65_HS1-834228961_62-HQ-83894_Serial_130
Agency: FBI
Page 120
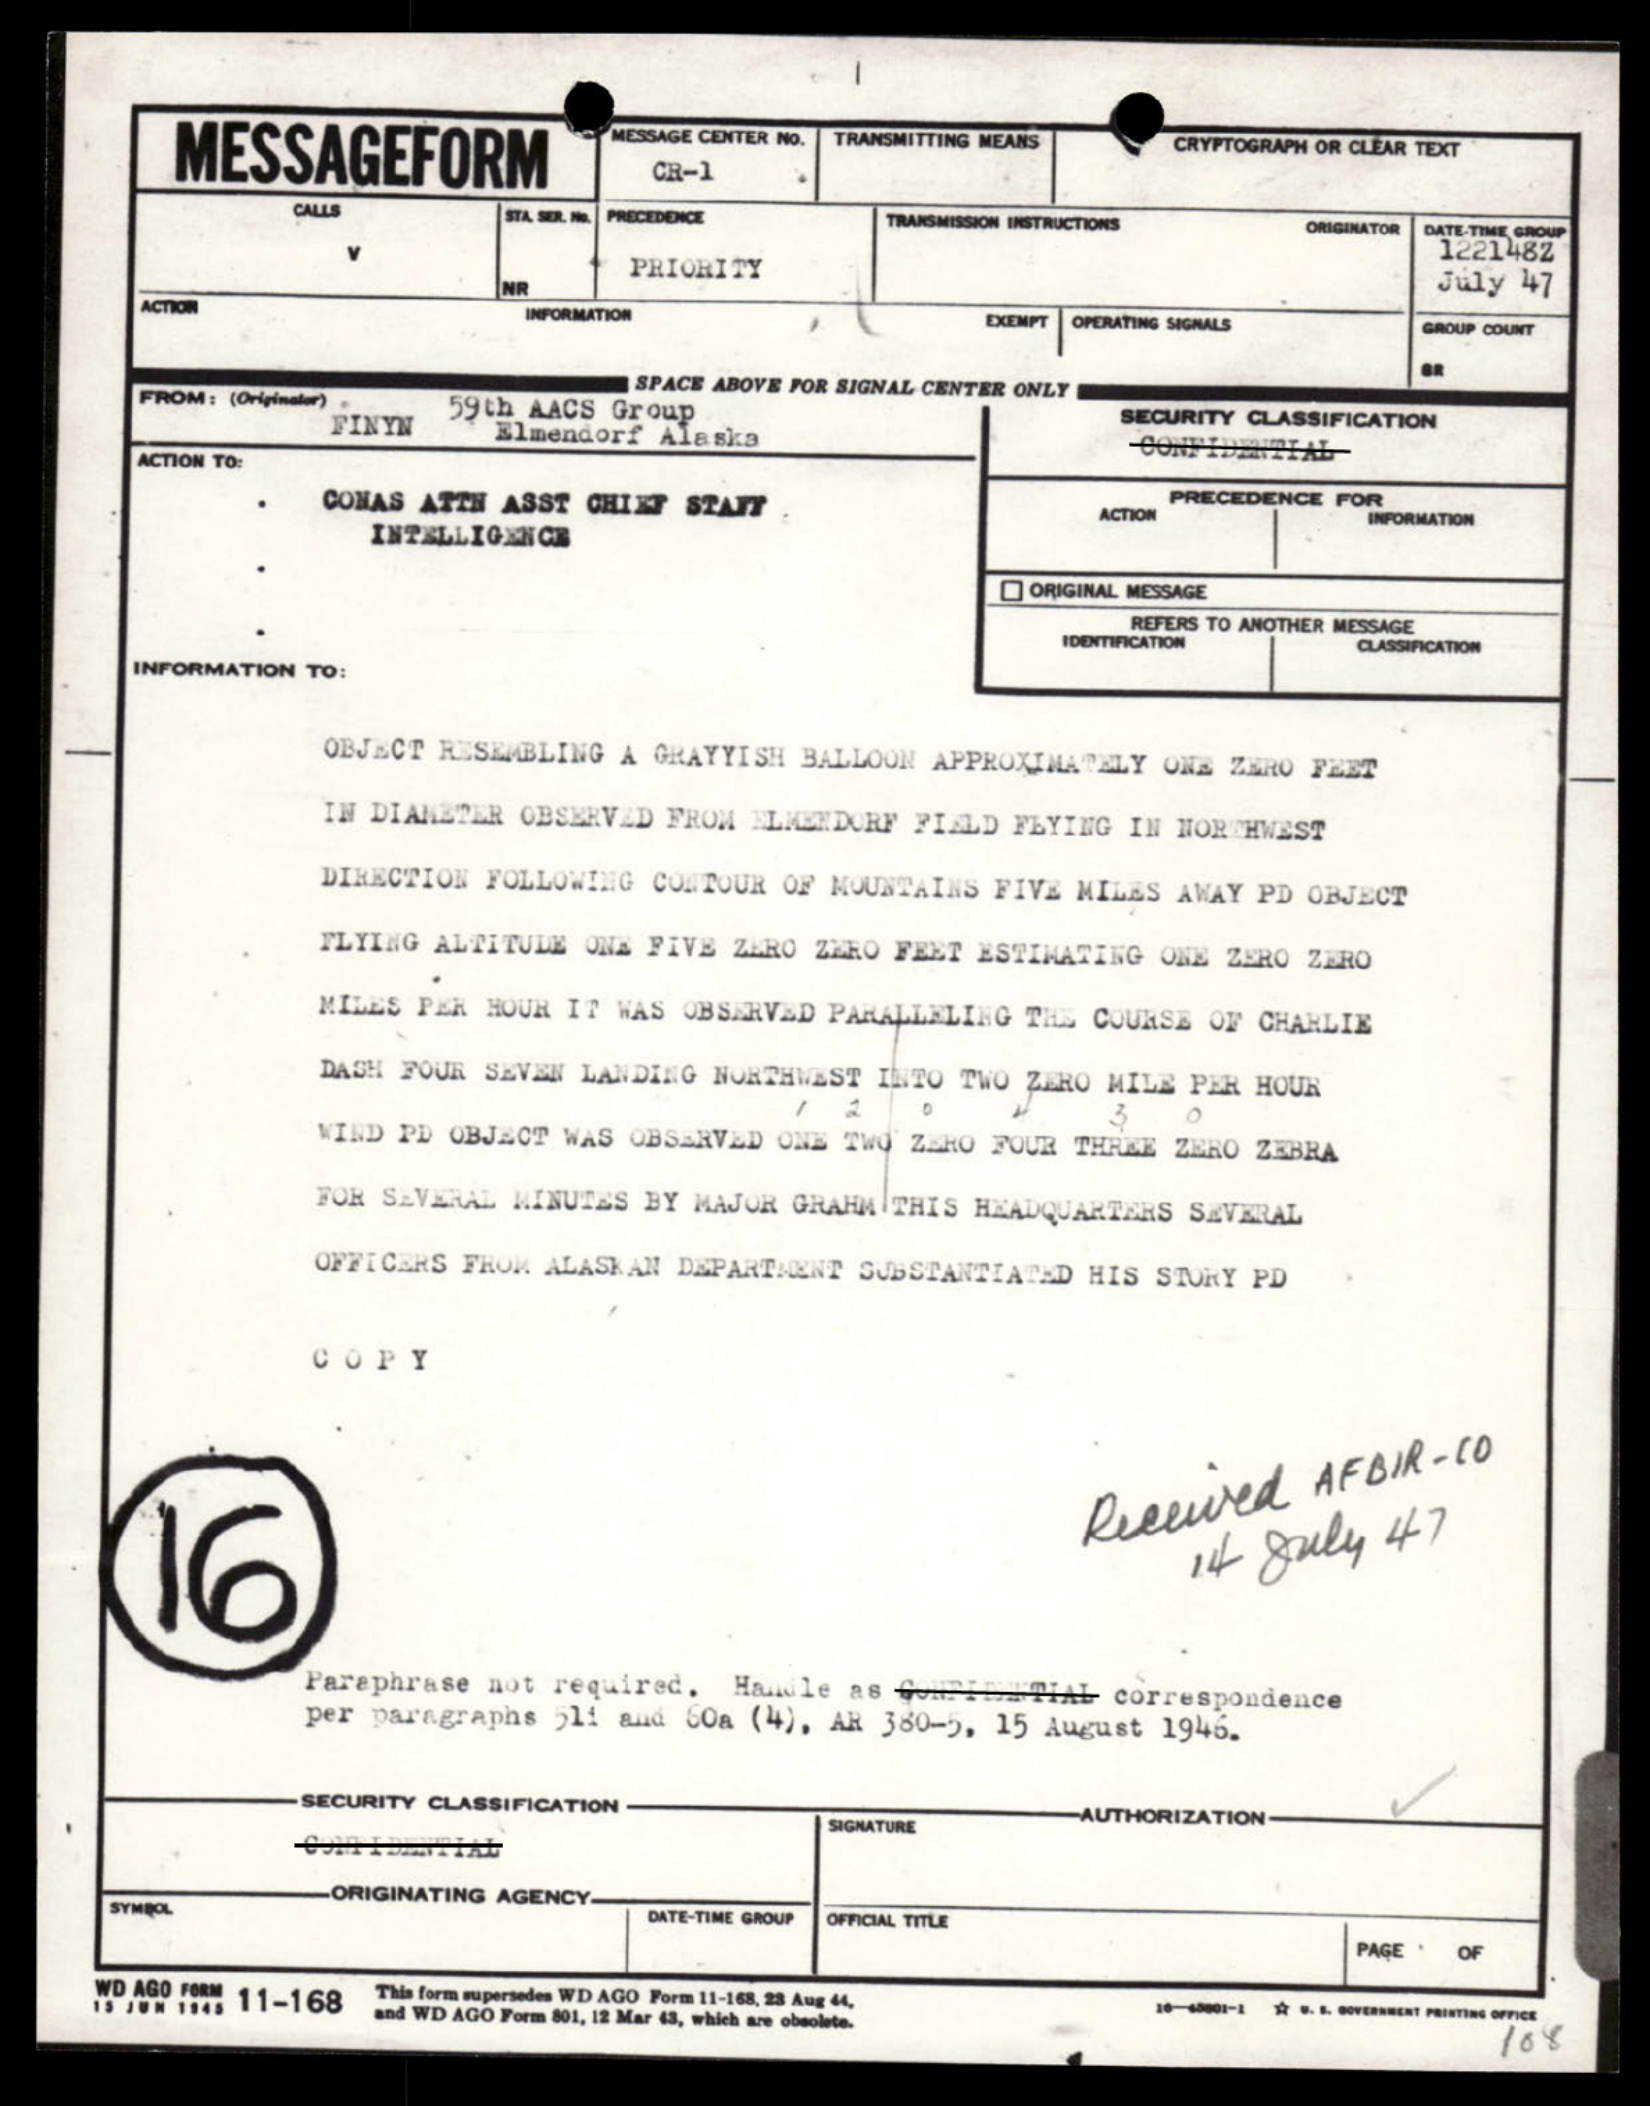